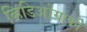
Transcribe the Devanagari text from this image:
व्हिडिओग्राफी